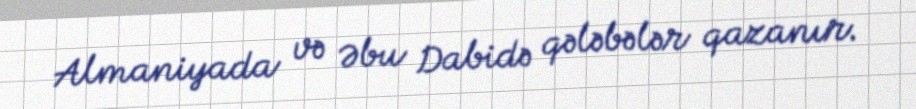
Almaniyada və Əbu Dabidə qələbələr qazanır.